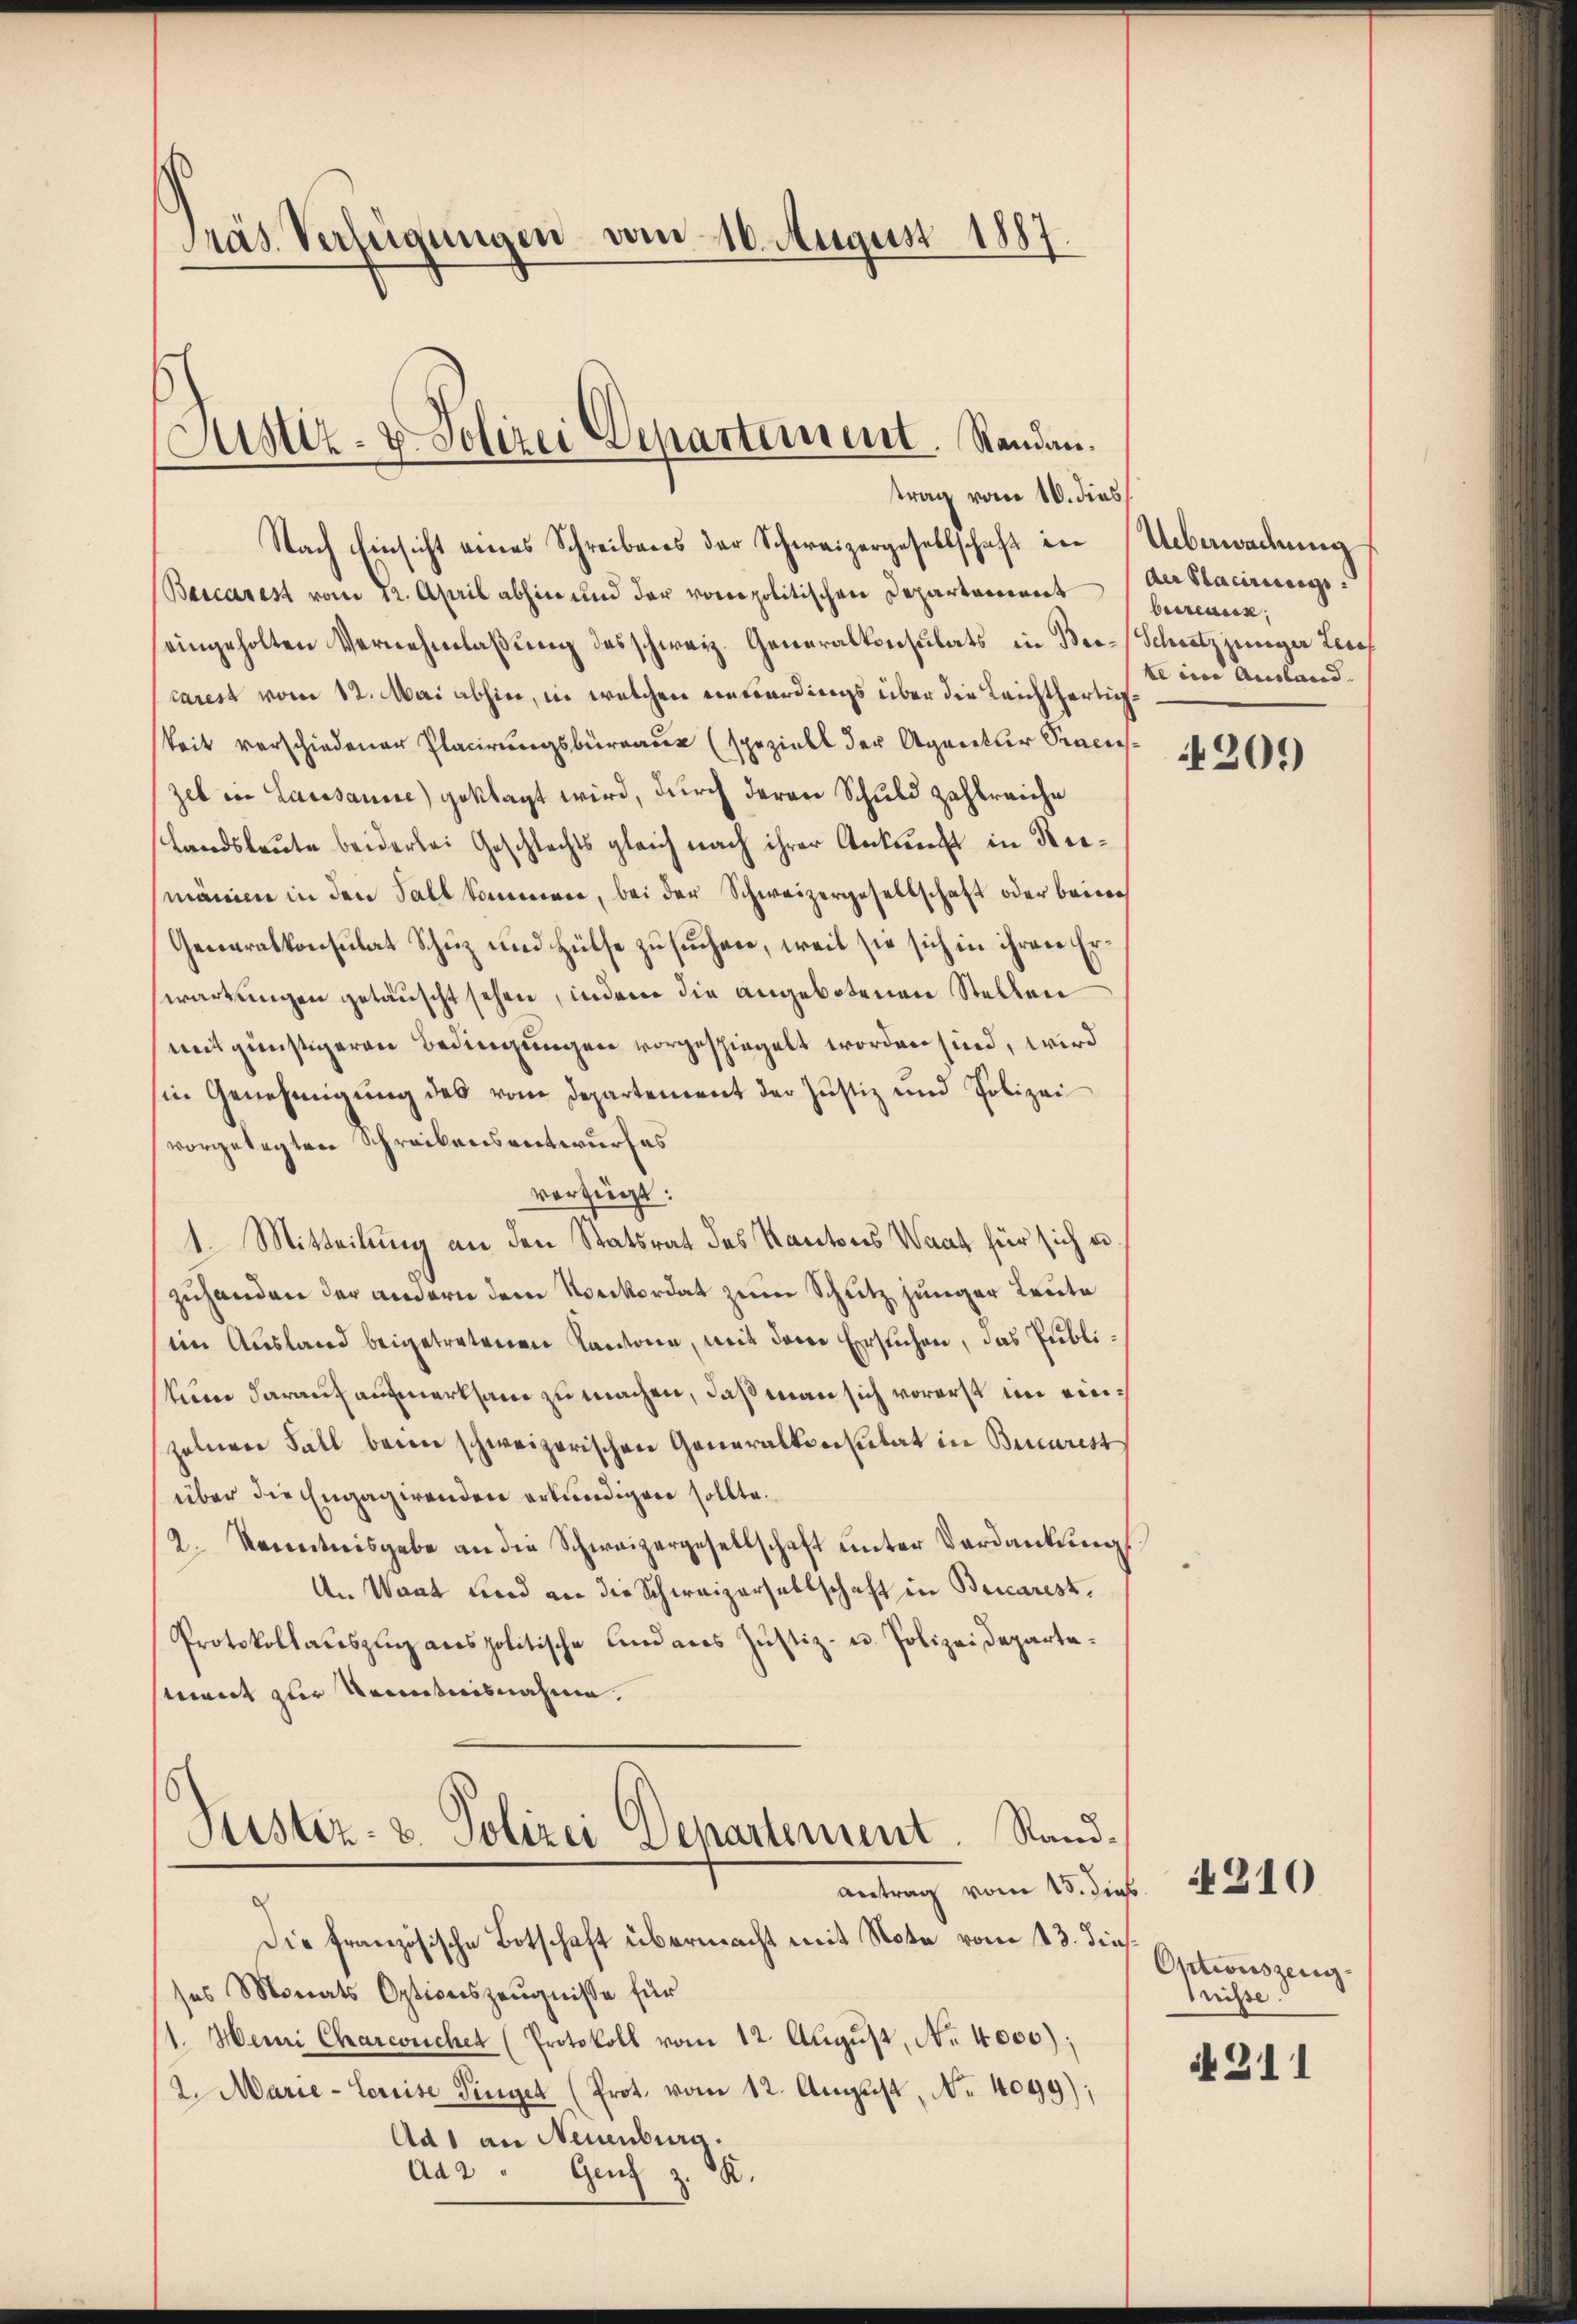
Pras Verfügungen vom 16. August 1887.

Justiz- & Polizei Departement. Standau.
trag vom 10. dies

Nach Einsicht eines Schreibens der Schweizergesellschaft in
Baccarest vom 12. April abhin und der vonopolitischen Departarerart
eingeholten Vernehmlaßung des schweiz. Generalkonsulats in Ber-Schwitz jungen Leich
carest vom 12. Mai abhin, in welchen einverdings über die Leichtfertigkeit verschiedener Placirungsbüreaux (spezielt der Agentur Praen
zel in Lausanne) geklagt wird, durch deren Schuld zahlreiche
Landsleute beiderlei Geschlechts gleich nach ihrer Ankunft in Niemänien in den Fall kommen, bei der Schweizergesellschaft oder baier
Generalkonsulat Schuz und Hülfe zu suchen, weil sie sich in ihren Erwartungen getäuscht sehen, indem die angebotenen Stellen
mit günstigeren Bedingungen vorgeschiegelt worden sind, wird
in Genehmigung des vom Departement der Justiz und Polizei
vorgelegten Schreibensentwurfes
vorzügt:
1. Mitteilung an den Statsrat des Kantons Waat für sich un
zuhanden der andern dem Neckordat zum Schutz, junger Leute
(im Ausland beigetretenen Kantone, mit dem Ersuchen, das Publikeme darauf aufmerksam zu machen, daß man sich vorerst im einzelnen Fall beim schweizerischen Generalkonstitat in Burcarest
über die Engagirenden erkundigen sollte.
2. Kenntnisgabe an die Schweizergesellschaft unter Verdankung,
An Waat und an die Schweizersellschaft in Beicarest,
Protokollauszug anspolitische Lindans Justiz- u. Polizeidepartement zur Kenntnisnahme.
Puster- u. Polizei Departement. Standantrag vom 15. die
Die französische Botschaft übermacht mit Nota vom 13. die
ses Monats Optionszeugnisse für
/1. Heini Chareuchet (Protokoll vom 12. August, No. 4000);
2. Marie-Coreise Dinger (Prot. vom 12. August, No. 4099);
Ad 1 an Neuenburg.
Ad2 " Genf z. B.

¬

Ueberwachung
der Stacirungs
betreuen.
be in Ausland. |

209)

.
a¬
Optionszeug-
tnisse.

4210

A 211